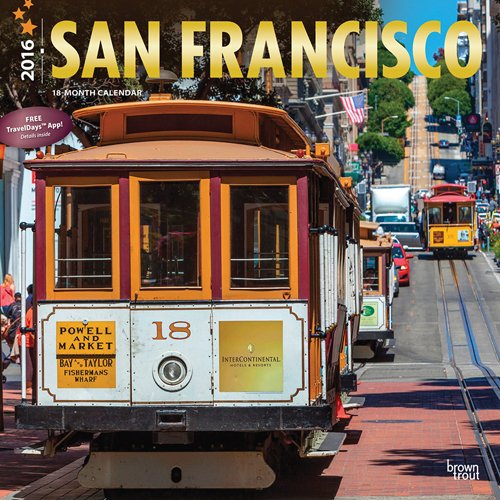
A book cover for San Francisco 2016 Square 12x12 (ST-Gold Foil) (Multilingual Edition); Browntrout Publishers; Calendars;